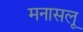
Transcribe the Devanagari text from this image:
मनासलू